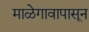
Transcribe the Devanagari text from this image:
माळेगावापासून